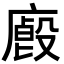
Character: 𢋁